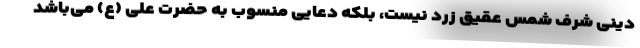
دینی شرف شمس عقیق زرد نیست، بلکه دعایی منسوب به حضرت علی (ع) می‌باشد